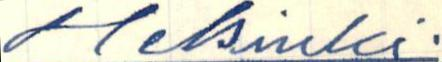
Helsinki.